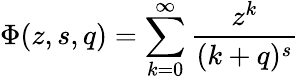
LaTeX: \Phi(z,s,q)=\sum_{k=0}^{\infty}{\frac{z^{k}}{(k+q)^{s}}}